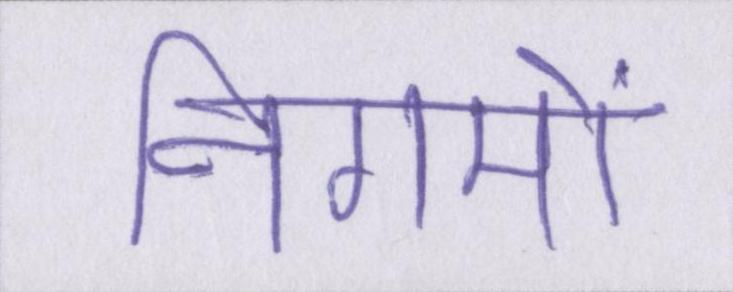
निगमों